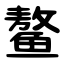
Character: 鳌